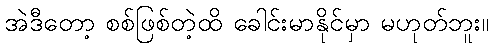
အဲဒီတော့ စစ်ဖြစ်တဲ့ထိ ခေါင်းမာနိုင်မှာ မဟုတ်ဘူး။